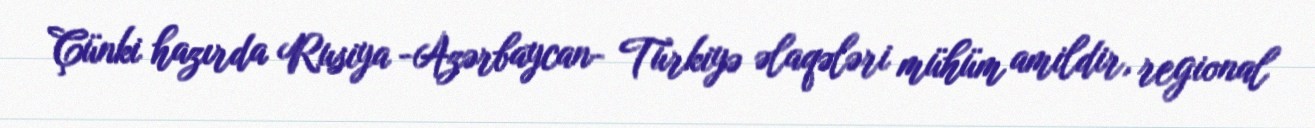
Çünki hazırda Rusiya -Azərbaycan- Türkiyə əlaqələri mühüm amildir, regional